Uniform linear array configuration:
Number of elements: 64
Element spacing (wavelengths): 0.75
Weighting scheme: uniform
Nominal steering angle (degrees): -60
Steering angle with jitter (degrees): -61.596
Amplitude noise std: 0.05
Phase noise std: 0.05

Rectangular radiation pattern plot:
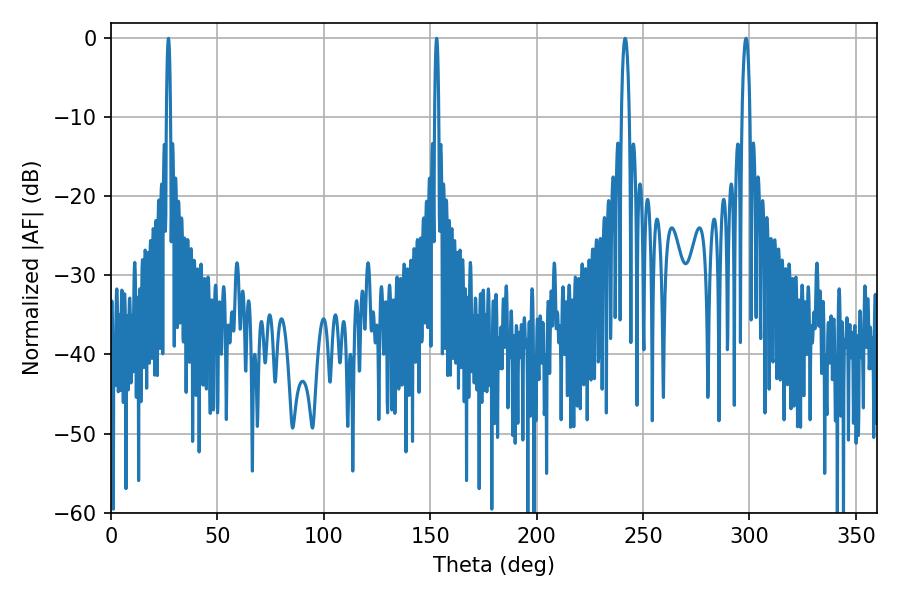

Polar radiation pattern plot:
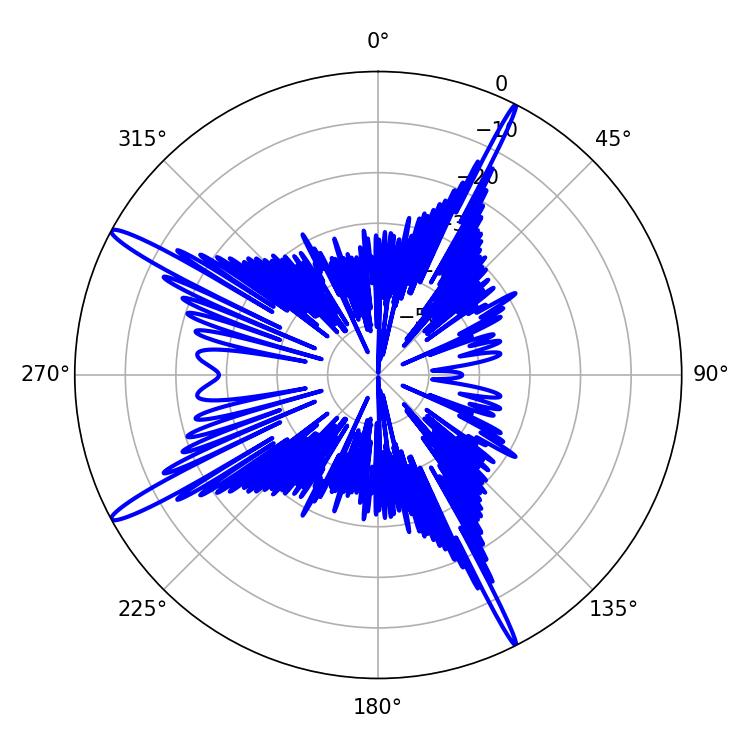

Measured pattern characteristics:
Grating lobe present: TRUE
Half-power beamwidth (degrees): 1.08
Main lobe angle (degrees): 27